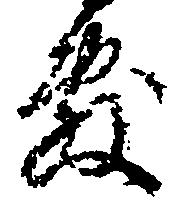
敷